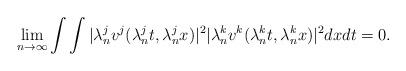
LaTeX: \begin{align*}\lim_{n \rightarrow \infty} \int \int |\lambda_{n}^{j} v^{j}(\lambda_{n}^{j} t, \lambda_{n}^{j} x)|^{2} |\lambda_{n}^{k} v^{k}(\lambda_{n}^{k} t, \lambda_{n}^{k} x)|^{2} dx dt = 0.\end{align*}